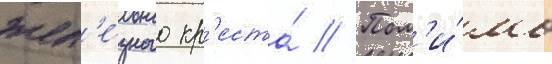
жел'е́зного кр'еста́ // Пом'и́мо